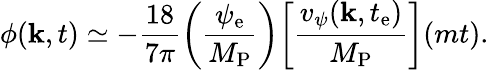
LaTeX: \phi(\mathbf{k},t)\simeq-\frac{{18}}{{7\pi}}\biggl(\frac{{\psi_{\mathrm{{e}}}}}{{M_{\mathrm{{P}}}}}\biggr)\biggl[\frac{{v_{\psi}(\mathbf{k},t_{\mathrm{{e}}})}}{{M_{\mathrm{{P}}}}}\biggr](mt).